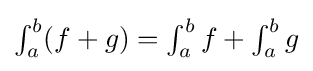
{\textstyle \int _{a}^{b}(f+g)=\int _{a}^{b}f+\int _{a}^{b}g}